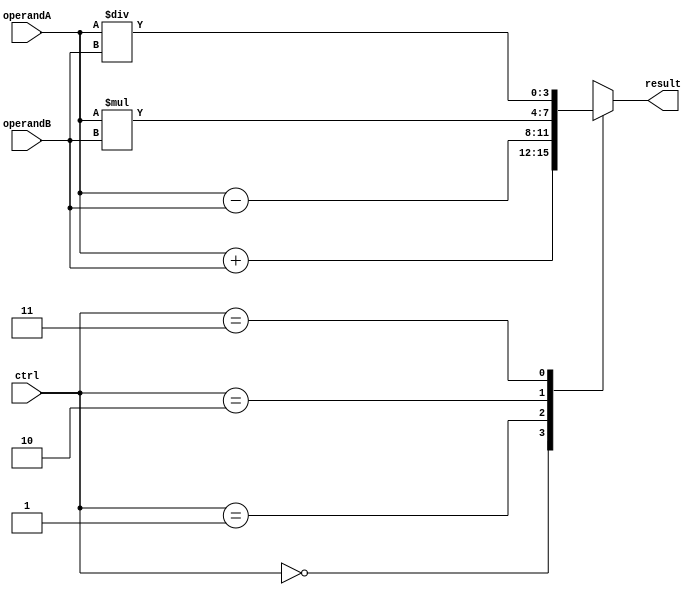
module ALU(
    input [3:0] operandA,
    input [3:0] operandB,
    input [1:0] ctrl,
    output reg [3:0] result
);

always @(*)
begin
    case(ctrl)
        2'b00: result = operandA + operandB; // Addition
        2'b01: result = operandA - operandB; // Subtraction
        2'b10: result = operandA * operandB; // Multiplication
        2'b11: result = operandA / operandB; // Division
    endcase
end

endmodule